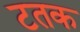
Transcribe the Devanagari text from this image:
टतक